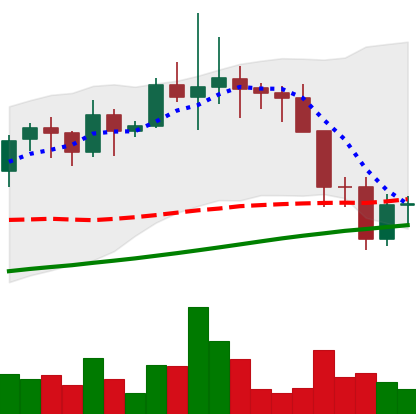
Ticker: LINK-USD
Chart end date: 2021-11-20
Forward return: -7.584%
Label: down_7plus